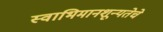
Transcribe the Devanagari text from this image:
स्वाभिमानशून्यतेचे